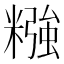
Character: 糨